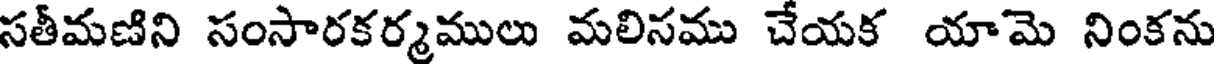
సతీమణిని సంసారకర్మములు మలిసము చేయక యామె నింకను